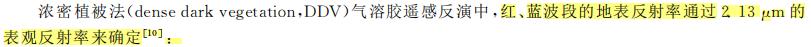
浓密植被法(dense dark vegetation,DDV)气溶胶遥感反演中,红、蓝波段的地表反射率通过$2.13 \ \mu \text{m}$的表观反射率来确定$^{[10]}$：